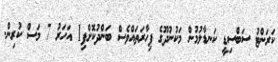
ކަރަންޓު ސަބްސިޑީ ކަނޑާލުމުން މަކުނުދޫގެ ފިހާރަތައްވެސް ބަންދުކޮށްފި1 އަހަރު 7 މަސް ކުރިން.